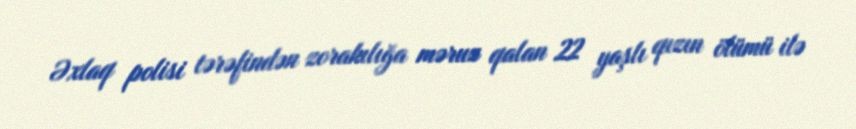
Əxlaq polisi tərəfindən zorakılığa məruz qalan 22 yaşlı qızın ölümü ilə